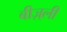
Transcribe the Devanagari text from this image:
बीज़्ली